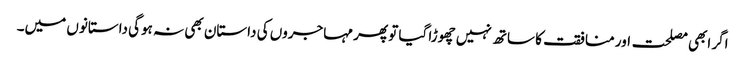
اگر ابھی مصلحت اور منافقت کا ساتھ نہیں چھوڑا گیا تو پھر مہاجروں کی داستان بھی نہ ہوگی داستانوں میں۔